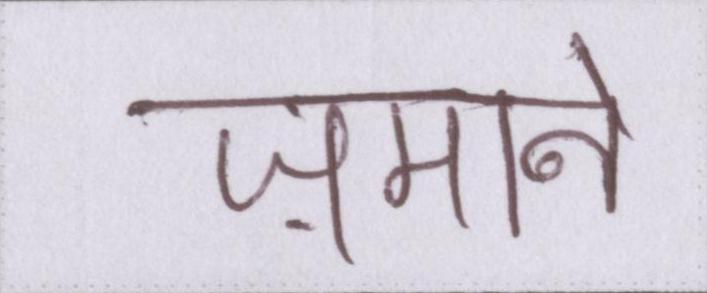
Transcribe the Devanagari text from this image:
ज़माने